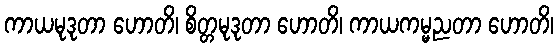
ကာယမုဒုတာ ဟောတိ၊ စိတ္တမုဒုတာ ဟောတိ၊ ကာယကမ္မညတာ ဟောတိ၊